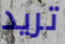
تريد